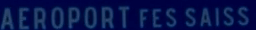
AEROPORT FES SAISS